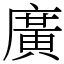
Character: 廣